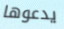
يدعوها